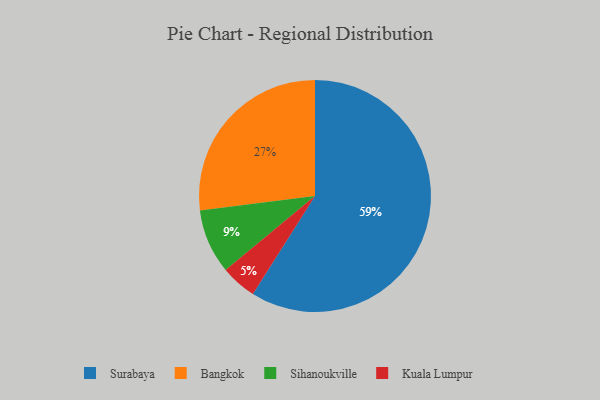
{"axis": {"x": "Category", "y": "Percentage"}, "legend": ["Bangkok", "Kuala Lumpur", "Sihanoukville", "Surabaya"], "data": [{"x": "Kuala Lumpur", "y": 5, "type": "Kuala Lumpur"}, {"x": "Bangkok", "y": 27, "type": "Bangkok"}, {"x": "Sihanoukville", "y": 9, "type": "Sihanoukville"}, {"x": "Surabaya", "y": 59, "type": "Surabaya"}]}